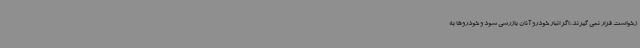
زخواست قرار نمی گیرند، اگر انبار خودرو آنان بازرسی شود و خودروها به